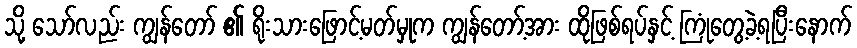
သို့ သော်လည်း ကျွန်တော် ၏ ရိုးသားဖြောင့်မတ်မှုက ကျွန်တော့်အား ထိုဖြစ်ရပ်နှင့် ကြုံတွေ့ခဲ့ရပြီးနောက်